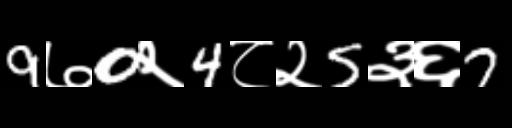
Text: 9७0२4८२5३६7